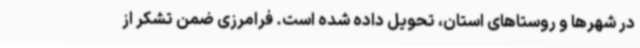
در شهرها و روستاهای استان، تحویل داده شده است. فرامرزی ضمن تشکر از